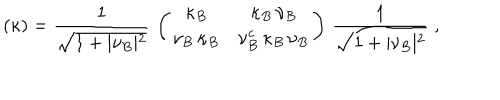
LaTeX: ( \kappa ) = { \frac { 1 } { \sqrt { 1 + \vert \nu _ { B } \vert ^ { 2 } } } } \, \left( \begin{array} { c c } { { \kappa _ { B } } } & { { \kappa _ { B } \, \nu _ { B } } } \\ { { \nu _ { B } \, \kappa _ { B } } } & { { \nu _ { B } ^ { c } \, \kappa _ { B } \, \nu _ { B } } } \\ \end{array} \right) \, { \frac { 1 } { \sqrt { 1 + \vert \nu _ { B } \vert ^ { 2 } } } } \; ,